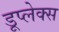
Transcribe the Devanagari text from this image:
डूप्लेक्स